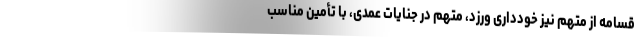
قسامه از متهم نیز خودداری ورزد، متهم در جنایات عمدی، با تأمین مناسب